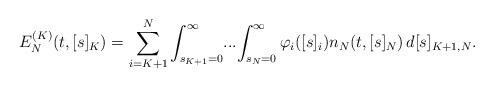
LaTeX: \begin{align*}E_N^{(K)}(t,[s]_K) = \sum_{i=K+1}^N \int_{s_{K+1}=0}^\infty \! ... \! \int_{s_{N}=0}^\infty \varphi_i([s]_i) n_N (t, [s]_N) \,d[s]_{K+1, N} .\end{align*}